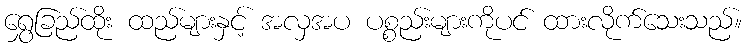
ရွှေခြည်ထိုး ထည်များနှင့် အလှအပ ပစ္စည်းများကိုပင် ထားလိုက်သေးသည်။